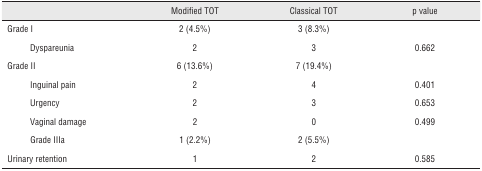
|  | Modified TOT | Classical TOT | p value |
 | --- | --- | --- | --- |
 | Grade I | 2 (4.5%) | 3 (8.3%) |  |
 | Dyspareunia | 2 | 3 | 0.662 |
 | Grade II | 6 (13.6%) | 7 (19.4%) |  |
 | Inguinal pain | 2 | 4 | 0.401 |
 | Urgency | 2 | 3 | 0.653 |
 | Vaginal damage | 2 | 0 | 0.499 |
 | Grade IIIa | 1 (2.2%) | 2 (5.5%) |  |
 | Urinary retention | 1 | 2 | 0.585 |